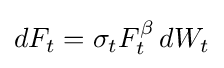
dF_{t}=\sigma _{t}F_{t}^{\beta }\,dW_{t}